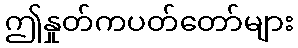
ဤနှုတ်ကပတ်တော်များ